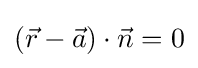
({\vec {r}}-{\vec {a}})\cdot {\vec {n}}=0